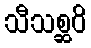
သီသစ္ဆဝိ